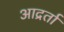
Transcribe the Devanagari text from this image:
आद्रर्ता